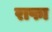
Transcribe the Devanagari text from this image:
राफा